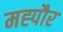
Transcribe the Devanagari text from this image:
मह्पौर